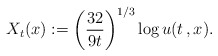
\begin{align*}X_t(x) := \left( \frac{32}{9t}\right)^{1/3}\log u(t\,,x).\end{align*}